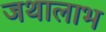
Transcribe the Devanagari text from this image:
जथालाभ